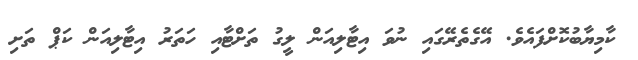
ކާމިޔާބުކޮށްފައެވެ. އޭގެތެރޭގައި ނުވަ އިޓާލިއަން ލީގު ތަށްޓާއި ހަތަރު އިޓާލިއަން ކަޕް ތަށި